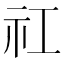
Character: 𬒬